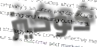
كوكيز